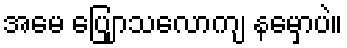
အမေ ပြျောသလောကျ နမှောပဲ။